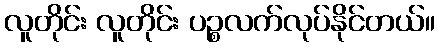
လူတိုင်း လူတိုင်း ပဉ္စလက်လုပ်နိုင်တယ်။